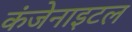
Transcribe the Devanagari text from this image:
कंजेनाइटल